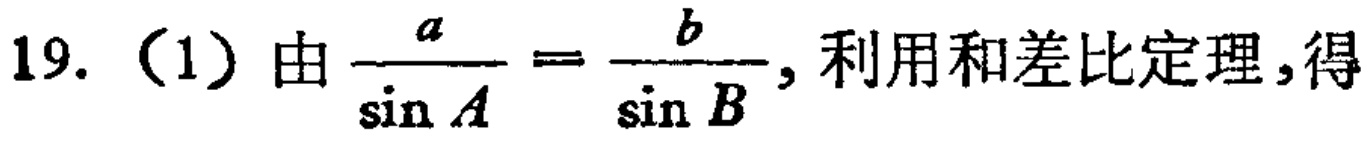
19. （1）由$\frac{a}{\sin A}=\frac{b}{\sin B}$，利用和差比定理，得